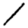
Digit: 1